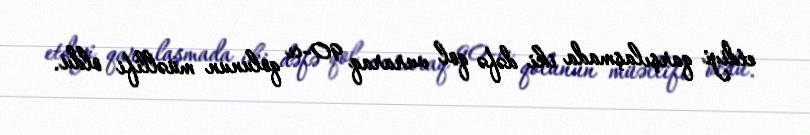
etdiyi qarşılaşmada iki dəfə qol vuraraq 90-cı qolunun müəllifi oldu.